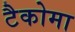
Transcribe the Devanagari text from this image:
टैकोमा